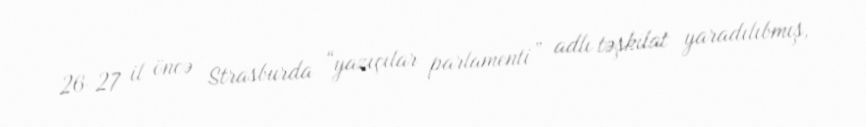
26-27 il öncə Strasburda “yazıçılar parlamenti” adlı təşkilat yaradılıbmış,